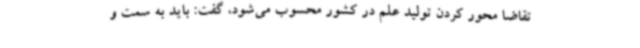
تقاضا محور کردن تولید علم در کشور محسوب می‌شود، گفت: باید به سمت و